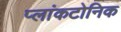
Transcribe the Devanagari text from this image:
प्लांकटोनिक